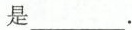
是___.